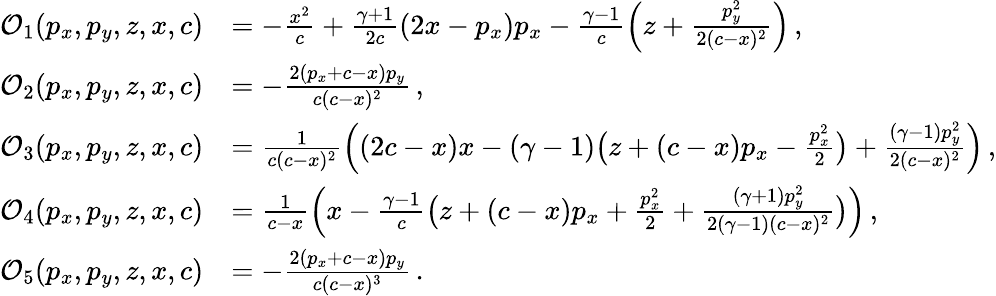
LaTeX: \begin{array}{rl}{\mathcal{O}_{1}(p_{x},p_{y},z,x,c)}&{=-\frac{x^{2}}{c}+\frac{\gamma+1}{2c}(2x-p_{x})p_{x}-\frac{\gamma-1}{c}\Big(z+\frac{p_{y}^{2}}{2(c-x)^{2}}\Big)\, ,}\\ {\mathcal{O}_{2}(p_{x},p_{y},z,x,c)}&{=-\frac{2(p_{x}+c-x)p_{y}}{c(c-x)^{2}}\, ,}\\ {\mathcal{O}_{3}(p_{x},p_{y},z,x,c)}&{=\frac{1}{c(c-x)^{2}}\Big((2c-x)x-(\gamma-1)\big(z+(c-x)p_{x}-\frac{p_{x}^{2}}{2}\big)+\frac{(\gamma-1)p_{y}^{2}}{2(c-x)^{2}}\Big)\, ,}\\ {\mathcal{O}_{4}(p_{x},p_{y},z,x,c)}&{=\frac{1}{c-x}\Big(x-\frac{\gamma-1}{c}\big(z+(c-x)p_{x}+\frac{p_{x}^{2}}{2}+\frac{(\gamma+1)p_{y}^{2}}{2(\gamma-1)(c-x)^{2}}\big)\Big)\, ,}\\ {\mathcal{O}_{5}(p_{x},p_{y},z,x,c)}&{=-\frac{2(p_{x}+c-x)p_{y}}{c(c-x)^{3}}\, .}\end{array}